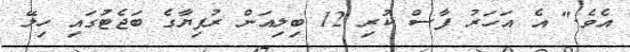
އެވެ." އެ އަހަރު ފާސް ކުރި 12 ބިލިއަން ރުފިޔާގެ ބަޖެޓުގައި ހިލޭ